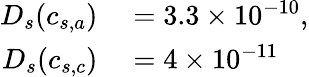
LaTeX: \begin{array}{rl}{D_{s}(c_{s,a})}&{{}=3.3\times 10^{-10},}\\ {D_{s}(c_{s,c})}&{{}=4\times 10^{-11}}\end{array}